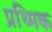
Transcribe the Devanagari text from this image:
प्रथ्मिक